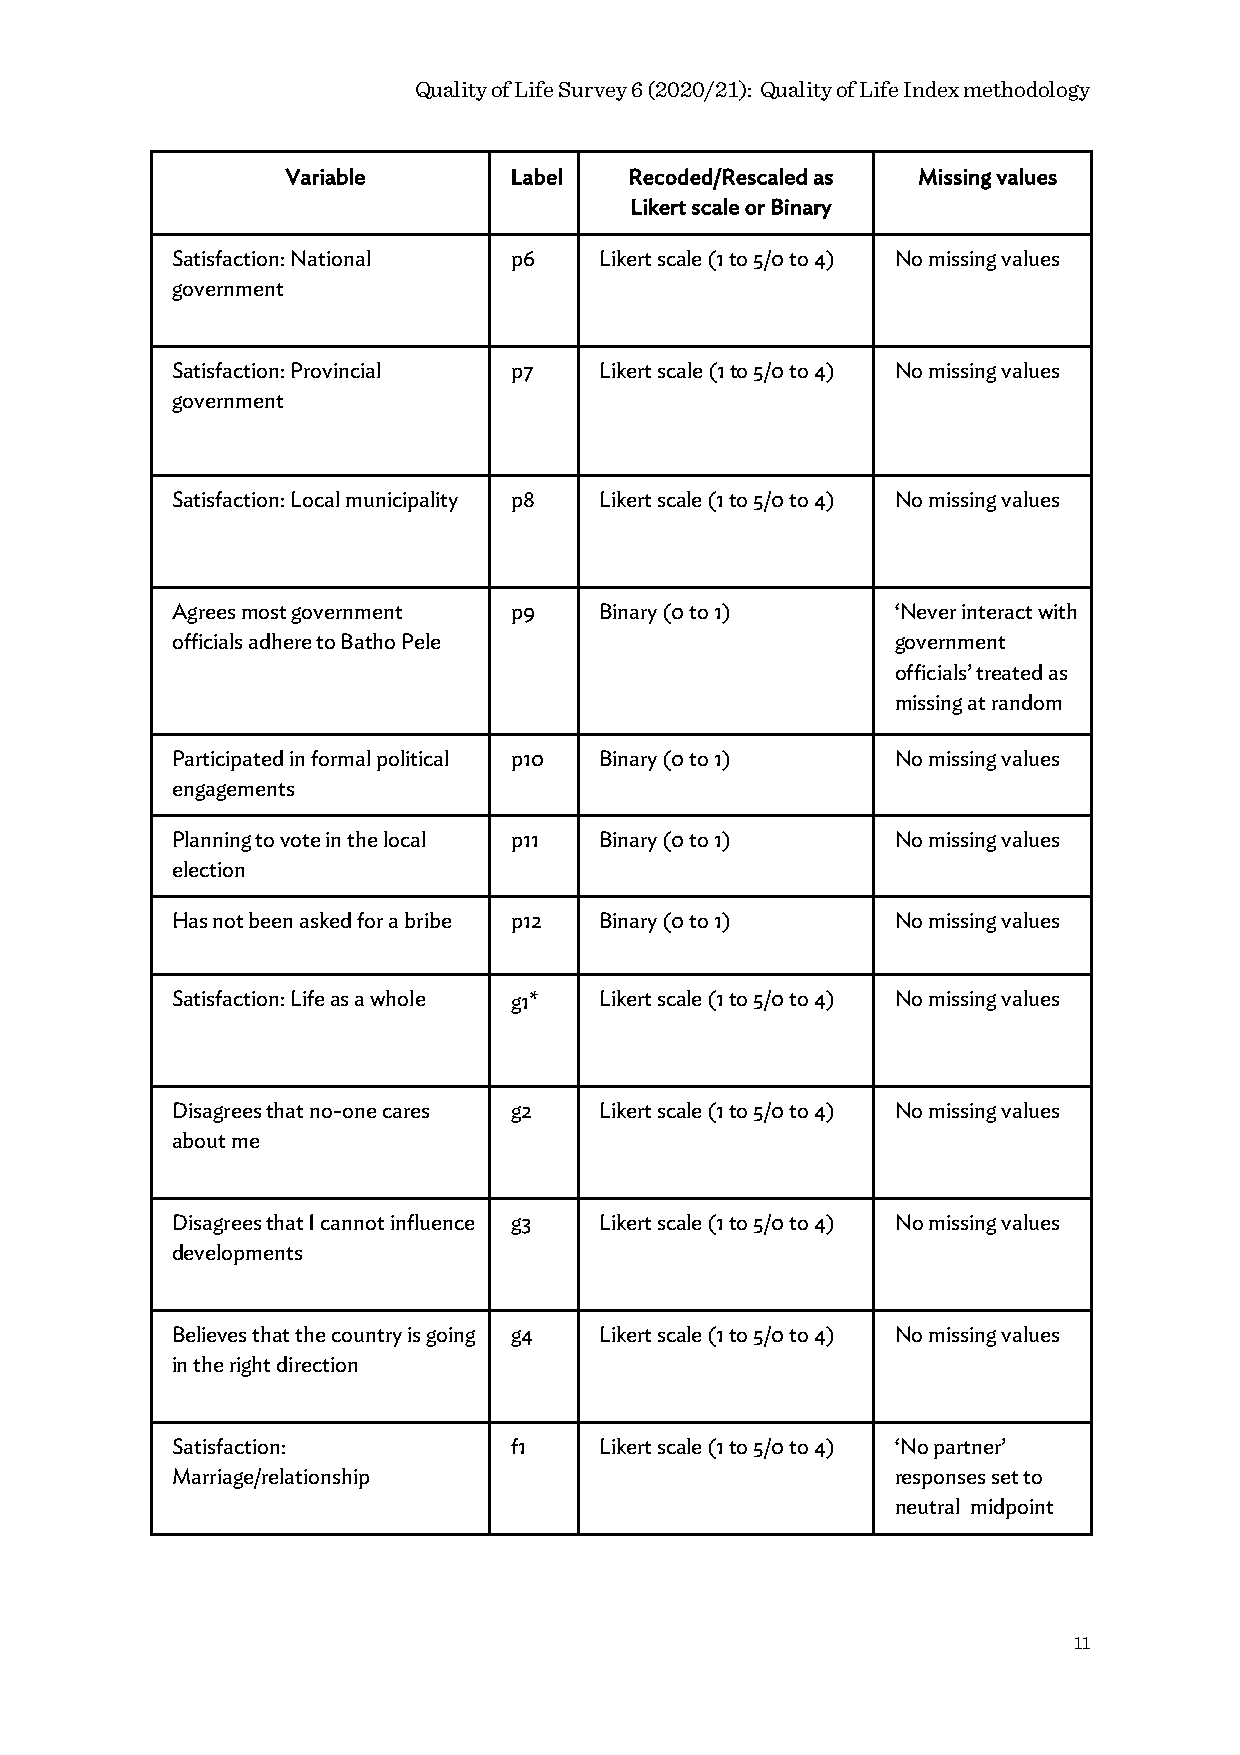
Quality of Life Survey 6 (2020/21): Quality of Life Index methodology
 Variable       Label   Recoded/Rescaled as Missing values
 Likert scale or Binary
 Satisfaction: National p6    Likert scale (1 to 5/0 to 4) No missing values
 government
 Satisfaction: Provincial p7  Likert scale (1 to 5/0 to 4) No missing values
 government
 Satisfaction: Local municipality p8 Likert scale (1 to 5/0 to 4) No missing values
 Agrees most government p9    Binary (0 to 1)    ‘Never interact with
 officials adhere to Batho Pele                  government
 officials’ treated as
 missing at random
 Participated in formal political p10 Binary (0 to 1) No missing values
 engagements
 Planning to vote in the local p11 Binary (0 to 1) No missing values
 election
 Has not been asked for a bribe p12 Binary (0 to 1) No missing values
 Satisfaction: Life as a whole g1* Likert scale (1 to 5/0 to 4) No missing values
 Disagrees that no-one cares g2 Likert scale (1 to 5/0 to 4) No missing values
 about me
 Disagrees that I cannot influence g3 Likert scale (1 to 5/0 to 4) No missing values
 developments
 Believes that the country is going g4 Likert scale (1 to 5/0 to 4) No missing values
 in the right direction
 Satisfaction:          f1    Likert scale (1 to 5/0 to 4) ‘No partner’
 Marriage/relationship                           responses set to
 neutral midpoint
 11